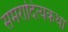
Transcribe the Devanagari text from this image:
समरादित्यकथा